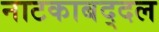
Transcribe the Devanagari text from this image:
नाटकाबद्दल